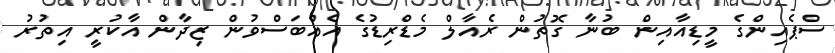
ސްޕެއިންގެ މީޑިއާއިން ބުނާ ގޮތުން ރެއާލް މެޑްރިޑުގެ އެއްބަސްވުން ޒިދާން އާކުރީ އިތުރު